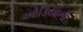
ઓડિયોની